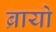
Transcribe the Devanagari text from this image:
ब्रायो